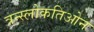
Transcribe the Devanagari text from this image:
त्रन्स्लोकतिओन